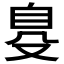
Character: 𦤂